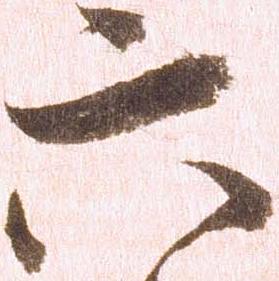
六